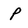
Character: p